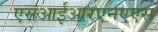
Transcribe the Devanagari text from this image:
एसआईआरएनएएस